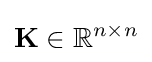
\mathbf {K} \in \mathbb {R} ^{n\times n}